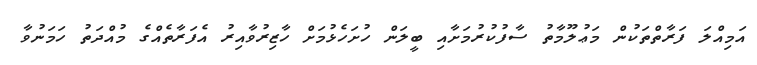
އަމިއްލަ ފަރާތްތަކުން މަޢުލޫމާތު ސާފުކުރުމަށާއި ބީލަން ހުށަހެޅުމަށް ހާޒިރުވާއިރު އެފަރާތެއްގެ މުއްދަތު ހަމަނުވާ